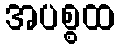
အပစ္စထ